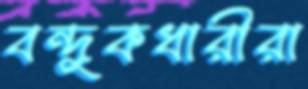
বন্দুকধারীরা